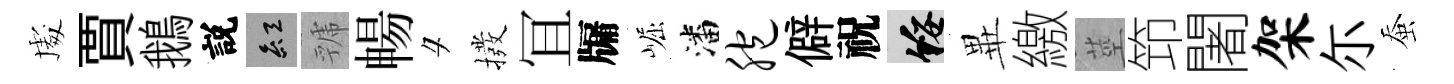
䖏賈鵝説紅虢暢夕撥冝牖崛潘胞僻祝綏𭺾繳莖笻闍架尓蚕